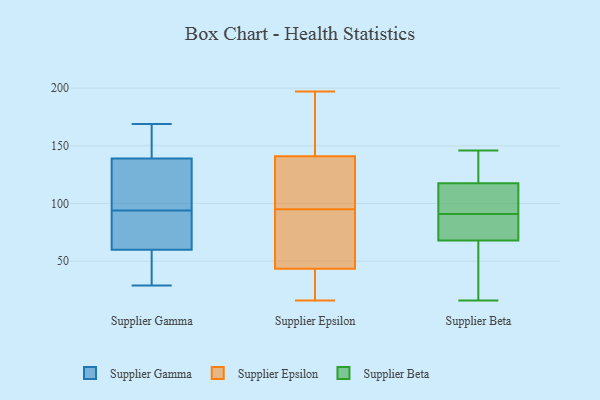
{"axis": {"x": "Operating Costs (USD K)", "y": "Value"}, "legend": ["Supplier Beta", "Supplier Epsilon", "Supplier Gamma"], "data": [{"x": "", "y": 126, "type": "Supplier Gamma"}, {"x": "", "y": 34, "type": "Supplier Gamma"}, {"x": "", "y": 163, "type": "Supplier Gamma"}, {"x": "", "y": 29, "type": "Supplier Gamma"}, {"x": "", "y": 139, "type": "Supplier Gamma"}, {"x": "", "y": 60, "type": "Supplier Gamma"}, {"x": "", "y": 169, "type": "Supplier Gamma"}, {"x": "", "y": 75, "type": "Supplier Gamma"}, {"x": "", "y": 73, "type": "Supplier Gamma"}, {"x": "", "y": 113, "type": "Supplier Gamma"}, {"x": "", "y": 19, "type": "Supplier Epsilon"}, {"x": "", "y": 147, "type": "Supplier Epsilon"}, {"x": "", "y": 135, "type": "Supplier Epsilon"}, {"x": "", "y": 197, "type": "Supplier Epsilon"}, {"x": "", "y": 16, "type": "Supplier Epsilon"}, {"x": "", "y": 184, "type": "Supplier Epsilon"}, {"x": "", "y": 75, "type": "Supplier Epsilon"}, {"x": "", "y": 20, "type": "Supplier Epsilon"}, {"x": "", "y": 105, "type": "Supplier Epsilon"}, {"x": "", "y": 67, "type": "Supplier Epsilon"}, {"x": "", "y": 85, "type": "Supplier Epsilon"}, {"x": "", "y": 129, "type": "Supplier Epsilon"}, {"x": "", "y": 64, "type": "Supplier Beta"}, {"x": "", "y": 81, "type": "Supplier Beta"}, {"x": "", "y": 36, "type": "Supplier Beta"}, {"x": "", "y": 146, "type": "Supplier Beta"}, {"x": "", "y": 91, "type": "Supplier Beta"}, {"x": "", "y": 116, "type": "Supplier Beta"}, {"x": "", "y": 140, "type": "Supplier Beta"}, {"x": "", "y": 16, "type": "Supplier Beta"}, {"x": "", "y": 111, "type": "Supplier Beta"}, {"x": "", "y": 80, "type": "Supplier Beta"}, {"x": "", "y": 118, "type": "Supplier Beta"}]}